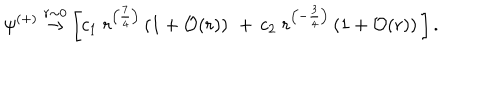
LaTeX: \psi ^ { ( + ) } \stackrel { r \sim 0 } { \rightarrow } \left[ c _ { 1 } \; r ^ { \left( { \frac { 7 } { 4 } } \right) } \left( 1 + { \cal O } ( r ) \right) \, \, + \, c _ { 2 } \; r ^ { \left( - { \frac { 3 } { 4 } } \right) } \left( 1 + { \cal O } ( r ) \right) \, \right] .